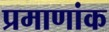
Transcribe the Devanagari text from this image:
प्रमाणांक